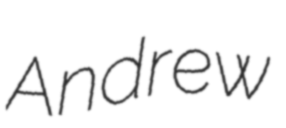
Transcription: Andrew